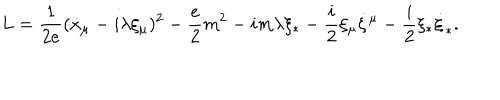
LaTeX: L = \frac { 1 } { 2 e } ( \dot { x } _ { \mu } - i \lambda \xi _ { \mu } ) ^ { 2 } - \frac { e } { 2 } m ^ { 2 } - i m \lambda \xi _ { * } - \frac { i } { 2 } \xi _ { \mu } \dot { \xi } { } ^ { \mu } - \frac { i } { 2 } \xi _ { * } \dot { \xi } _ { * } .